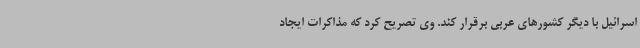
اسرائیل با دیگر کشورهای عربی برقرار کند. وی تصریح کرد که مذاکرات ایجاد